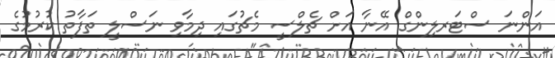
އަންނަ ސްޓަރލިންގް އޭނާ އަށް ޗެލްސީ މެޗުގައި ދިމާވި ނަސްލީ ތަފާތު ކުރުމުގެ